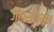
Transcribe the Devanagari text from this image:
जीवरथिनम